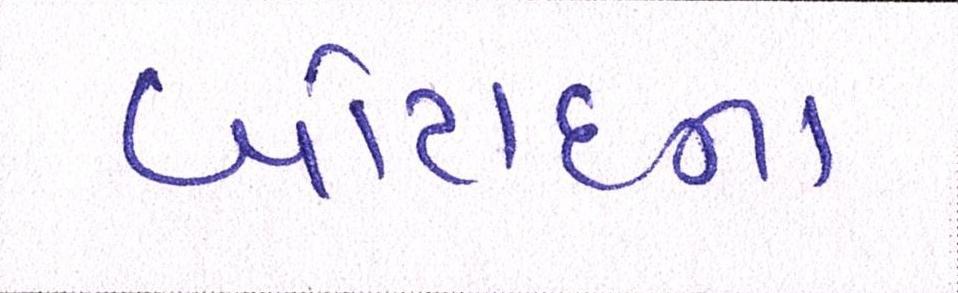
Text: બોટાદના